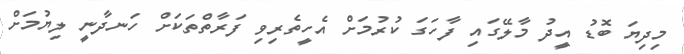
މިދިޔަ ބޮޑު އީދު މާލޭގައި ފާހަގަ ކުރުމަށް އެހީތެރިވި ފަރާތްތަކަށް ހަނދާނީ ލިޔުމަށް